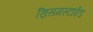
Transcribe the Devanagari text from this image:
ख्रिसमस्टाईड